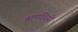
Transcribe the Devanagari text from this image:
बामाचियों